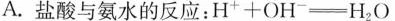
A.盐酸与氨水的反应：H^{+}+OH=H_{2}O